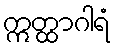
ဣတ္ထာဂါရံ